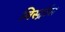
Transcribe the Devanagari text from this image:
विर्स्ट्रास